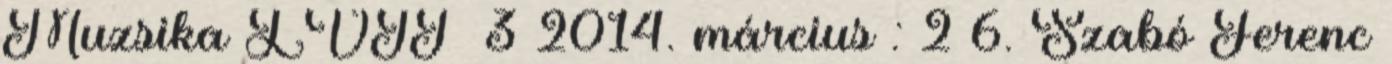
Muzsika LVII 3 2014. március : 2 6. Szabó Ferenc